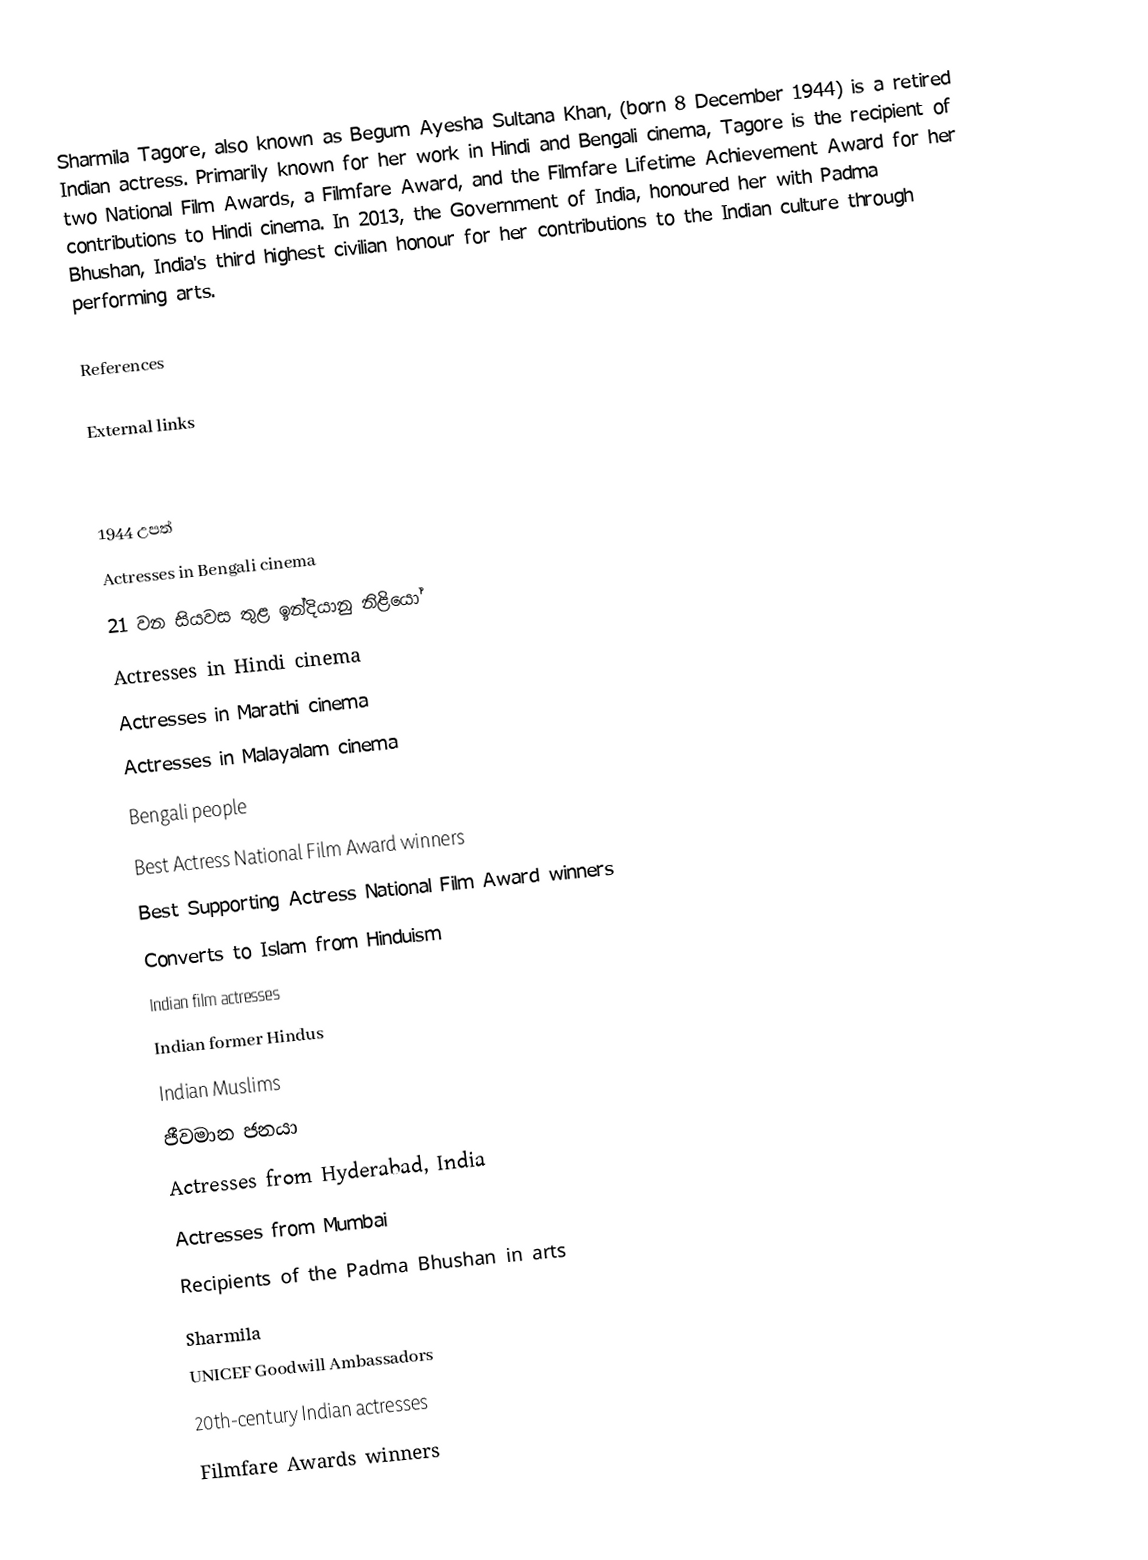
Sharmila Tagore, also known as Begum Ayesha Sultana Khan, (born 8 December 1944) is a retired Indian actress. Primarily known for her work in Hindi and Bengali cinema, Tagore is the recipient of two National Film Awards, a Filmfare Award, and the Filmfare Lifetime Achievement Award for her contributions to Hindi cinema. In 2013, the Government of India, honoured her with Padma Bhushan, India's third highest civilian honour for her contributions to the Indian culture through performing arts.

References

External links

1944 උපත්
Actresses in Bengali cinema
21 වන සියවස තුළ ඉන්දියානු නිළියෝ
Actresses in Hindi cinema
Actresses in Marathi cinema
Actresses in Malayalam cinema
Bengali people
Best Actress National Film Award winners
Best Supporting Actress National Film Award winners
Converts to Islam from Hinduism
Indian film actresses
Indian former Hindus
Indian Muslims
ජීවමාන ජනයා
Actresses from Hyderabad, India
Actresses from Mumbai
Recipients of the Padma Bhushan in arts
Sharmila
UNICEF Goodwill Ambassadors
20th-century Indian actresses
Filmfare Awards winners